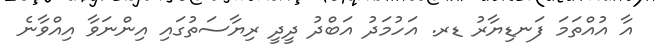
އާ އުއްތަމަ ފަނޑިޔާރު ޑރ. އަހުމަދު އަބްދު ދީދީ ރިޔާސަތުގައި އިންނަވާ އިއްވާނެ